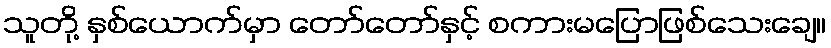
သူတို့ နှစ်ယောက်မှာ တော်တော်နှင့် စကားမပြောဖြစ်သေးချေ။